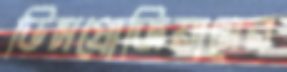
ডিসপ্রোজিয়ামের